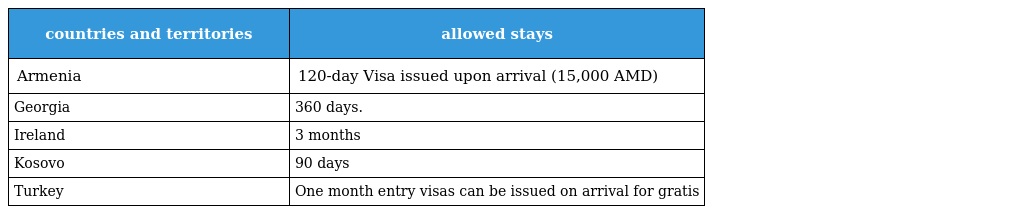
| countries and territories | allowed stays |
 | --- | --- |
 | Armenia | 120-day Visa issued upon arrival (15,000 AMD) |
 | Georgia | 360 days. |
 | Ireland | 3 months |
 | Kosovo | 90 days |
 | Turkey | One month entry visas can be issued on arrival for gratis |